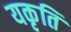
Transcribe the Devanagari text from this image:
यकृति